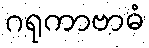
ဂရုကာဗာဓံ